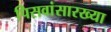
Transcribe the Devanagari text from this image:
पिसवांसारख्या